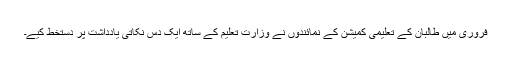
فروری میں طالبان کے تعلیمی کمیشن کے نمائندوں نے وزارتِ تعلیم کے ساتھ ایک دس نکاتی یادداشت پر دستخط کیے۔